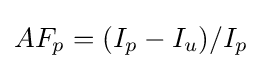
AF_{p}=(I_{p}-I_{u})/I_{p}